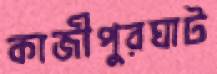
কাজীপুরঘাট